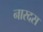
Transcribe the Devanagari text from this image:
नारदस